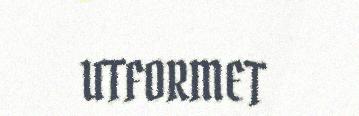
UTFORMET